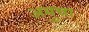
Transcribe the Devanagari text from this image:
अमुचा